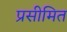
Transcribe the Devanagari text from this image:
प्रसीमित